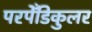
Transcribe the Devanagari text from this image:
परपेँडिकुलर